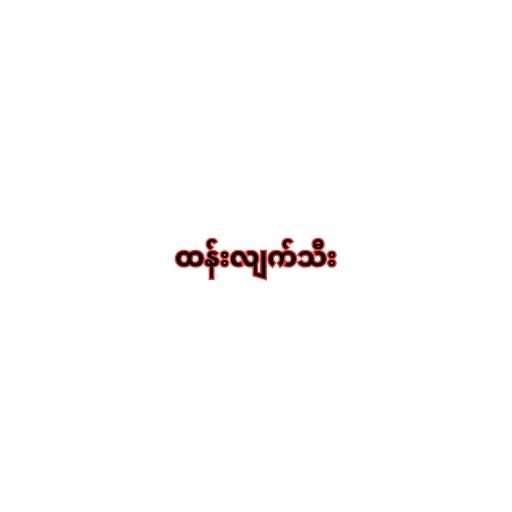
ထန်းလျက်သီး